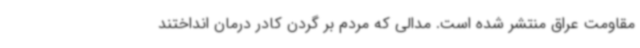
مقاومت عراق منتشر شده است. مدالی که مردم بر گردن کادر درمان انداختند